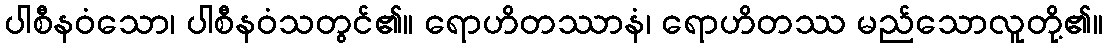
ပါစီနဝံသော၊ ပါစီနဝံသတွင်၏။ ရောဟိတဿာနံ၊ ရောဟိတဿ မည်သောလူတို့၏။